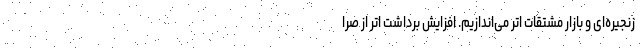
زنجیره‌ای و بازار مشتقات اتر می‌اندازیم. افزایش برداشت اتر از صرا